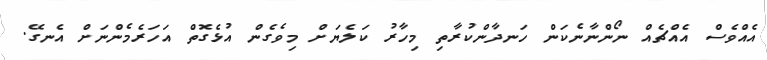
އެއްވެސް އެއްޗެއް ނޯންނާނެކަން ހަނދާންކުރާތި މިހާރު ކަލެޔަށް މިވެގެން އުޅެގޮތް އަހަރެމެންނަށް އެނގޭ.